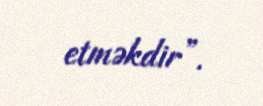
etməkdir”.